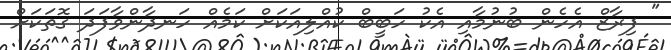
" ފިރާޒް އެހެން ބުނުމާއި އެކު ހަބީބް ކުއްލިއަކަށް ކަމެއް ހަނދާންވާފަދަ ގޮތަކަށް